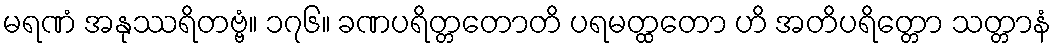
မရဏံ အနုဿရိတဗ္ဗံ။ ၁၇၆။ ခဏပရိတ္တတောတိ ပရမတ္ထတော ဟိ အတိပရိတ္တော သတ္တာနံ